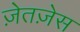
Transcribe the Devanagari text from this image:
ज़ेतज़ेस